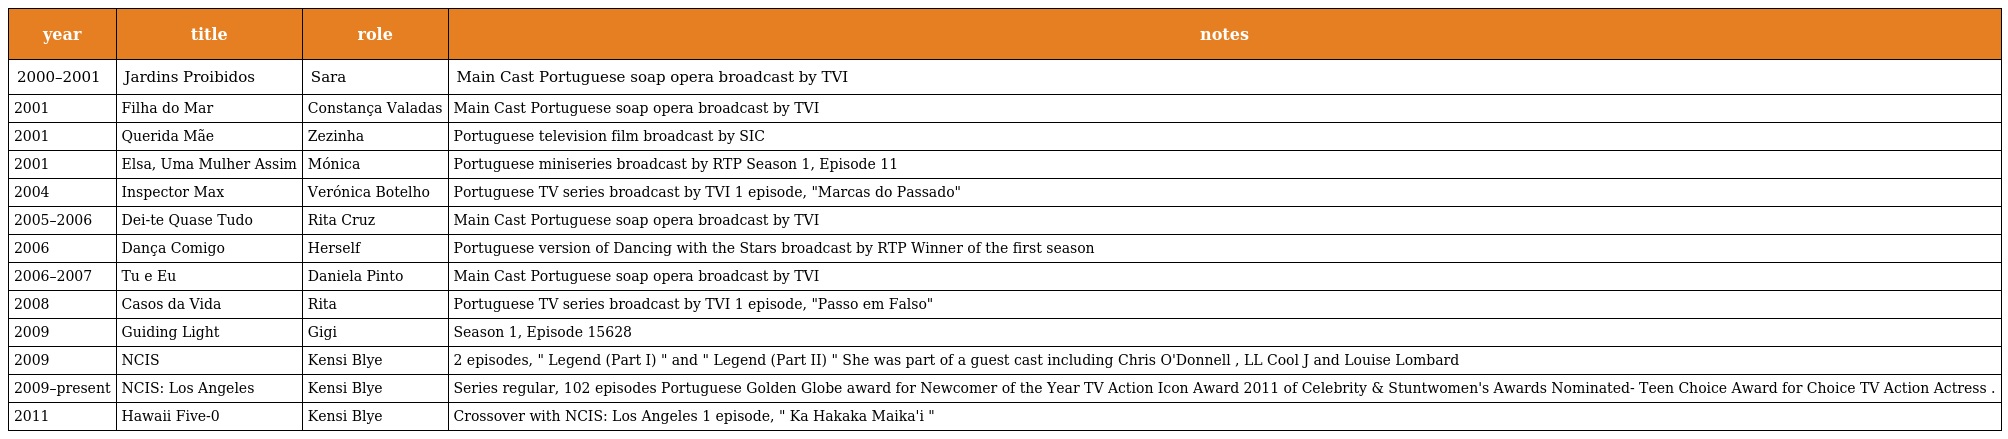
| year | title | role | notes |
 | --- | --- | --- | --- |
 | 2000–2001 | Jardins Proibidos | Sara | Main Cast Portuguese soap opera broadcast by TVI |
 | 2001 | Filha do Mar | Constança Valadas | Main Cast Portuguese soap opera broadcast by TVI |
 | 2001 | Querida Mãe | Zezinha | Portuguese television film broadcast by SIC |
 | 2001 | Elsa, Uma Mulher Assim | Mónica | Portuguese miniseries broadcast by RTP Season 1, Episode 11 |
 | 2004 | Inspector Max | Verónica Botelho | Portuguese TV series broadcast by TVI 1 episode, "Marcas do Passado" |
 | 2005–2006 | Dei-te Quase Tudo | Rita Cruz | Main Cast Portuguese soap opera broadcast by TVI |
 | 2006 | Dança Comigo | Herself | Portuguese version of Dancing with the Stars broadcast by RTP Winner of the first season |
 | 2006–2007 | Tu e Eu | Daniela Pinto | Main Cast Portuguese soap opera broadcast by TVI |
 | 2008 | Casos da Vida | Rita | Portuguese TV series broadcast by TVI 1 episode, "Passo em Falso" |
 | 2009 | Guiding Light | Gigi | Season 1, Episode 15628 |
 | 2009 | NCIS | Kensi Blye | 2 episodes, " Legend (Part I) " and " Legend (Part II) " She was part of a guest cast including Chris O'Donnell , LL Cool J and Louise Lombard |
 | 2009–present | NCIS: Los Angeles | Kensi Blye | Series regular, 102 episodes Portuguese Golden Globe award for Newcomer of the Year TV Action Icon Award 2011 of Celebrity & Stuntwomen's Awards Nominated- Teen Choice Award for Choice TV Action Actress . |
 | 2011 | Hawaii Five-0 | Kensi Blye | Crossover with NCIS: Los Angeles 1 episode, " Ka Hakaka Maika'i " |